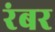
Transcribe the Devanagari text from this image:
रंबर